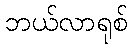
ဘယ်လာရုစ်